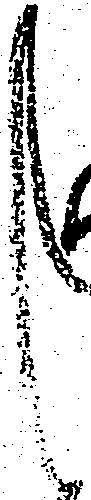
し